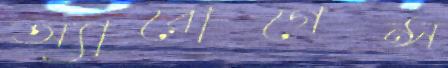
অ্যারোগেন্স